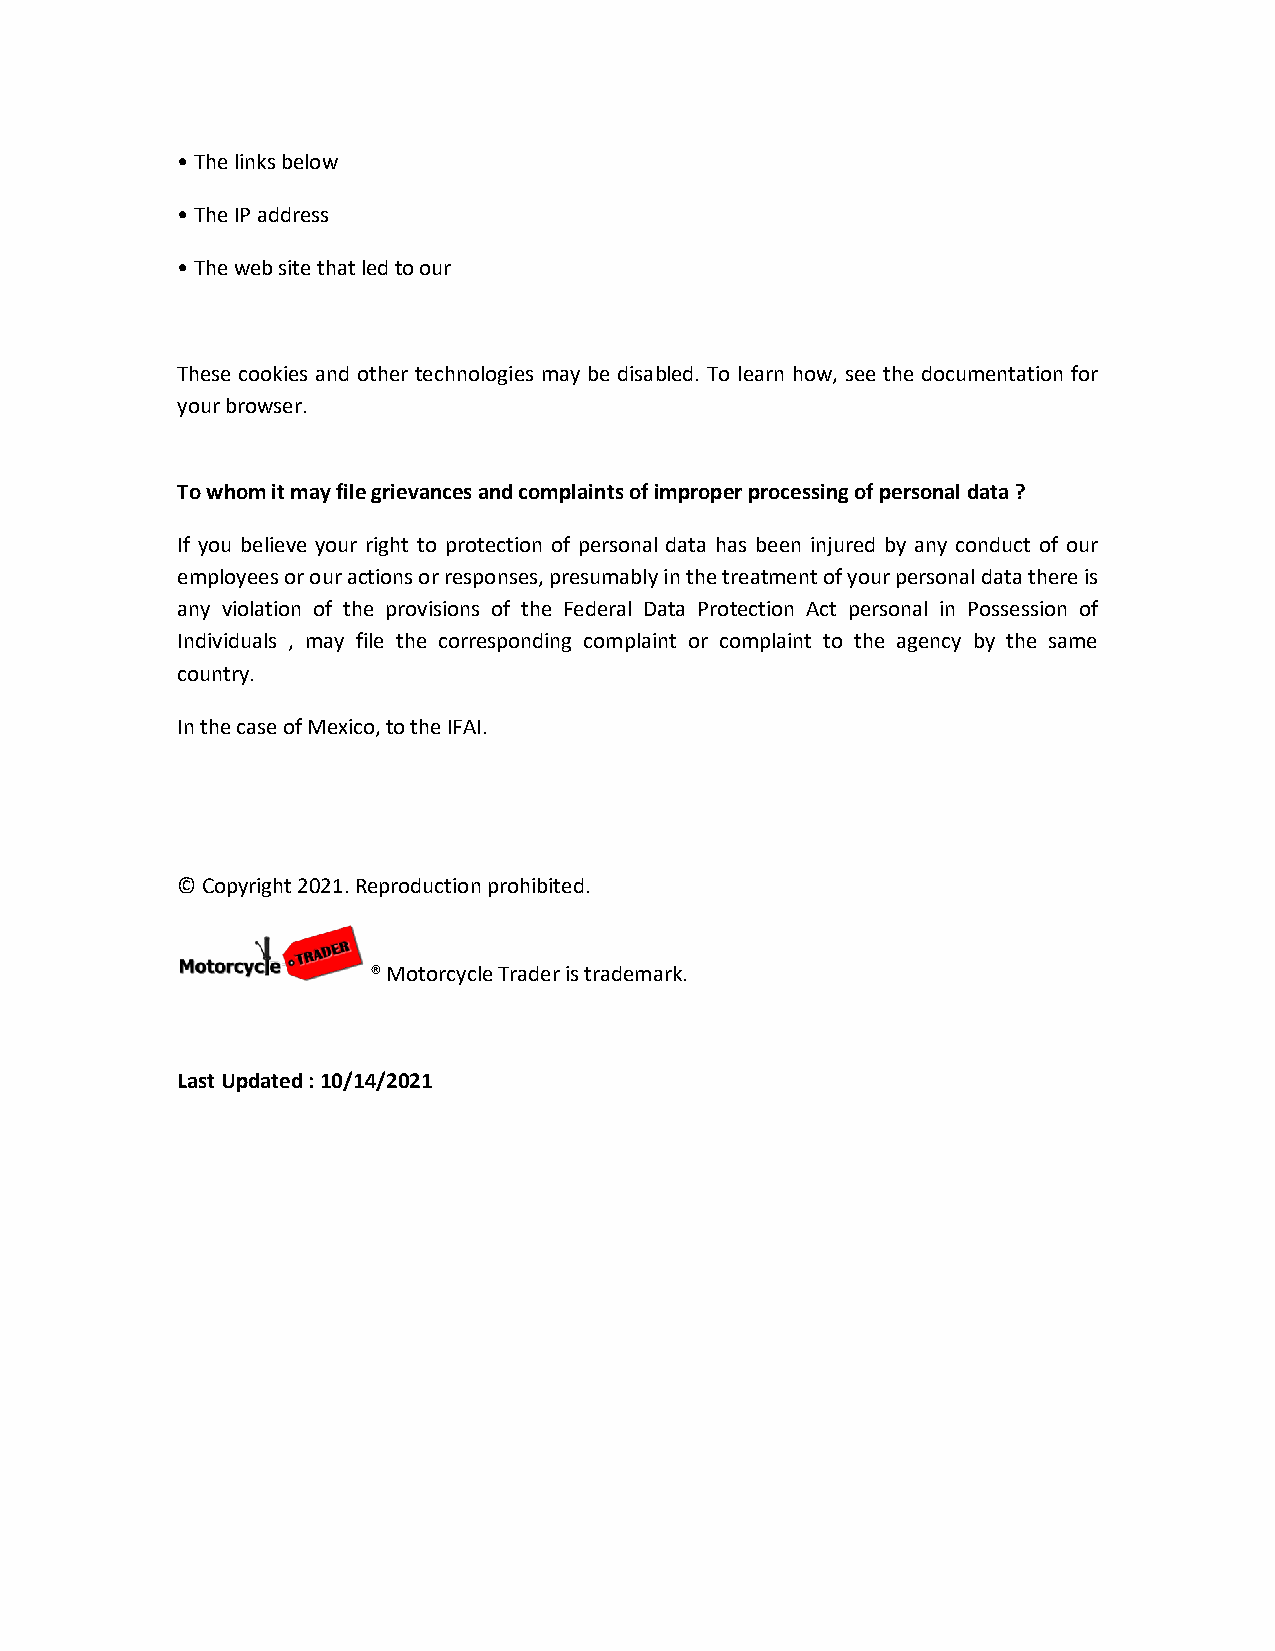
• The links below
 • The IP address
 • The web site that led to our
 These cookies and other technologies may be disabled. To learn how, see the documentation for
 your browser.
 To whom it may file grievances and complaints of improper processing of personal data ?
 If you believe your right to protection of personal data has been injured by any conduct of our
 employees or our actions or responses, presumably in the treatment of your personal data there is
 any violation of the provisions of the Federal Data Protection Act personal in Possession of
 Individuals , may file the corresponding complaint or complaint to the agency by the same
 country.
 In the case of Mexico, to the IFAI.
 © Copyright 2021. Reproduction prohibited.
 ® Motorcycle Trader is trademark.
 Last Updated : 10/14/2021